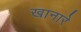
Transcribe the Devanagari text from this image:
खानारे